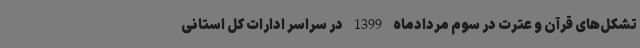
تشکل‌های قرآن و عترت در سوم مردادماه 1399 در سراسر ادارات کل استانی